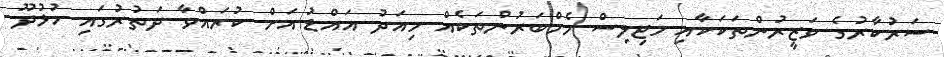
ސަރުކާރުގެ ވަޒީރުންތަކަކާއި މަޖިލިސް މެމްބަރުންތަކެއް މިއަދު އައްޑު އަށް ކުރައްވާ ދަތުރުގައި ހުޅުދޫ